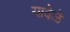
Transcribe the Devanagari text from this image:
यावेळे